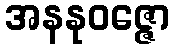
အနနုဝဇ္ဇော